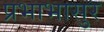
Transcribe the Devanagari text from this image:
प्रभाभासुर